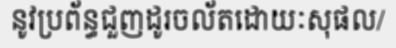
នូវប្រព័ន្ធជួញដូរចល័តដោយៈសុផល/